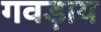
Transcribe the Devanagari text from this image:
गवड़ाय